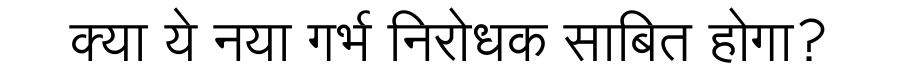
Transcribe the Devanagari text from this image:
क्या ये नया गर्भ निरोधक साबित होगा?